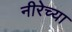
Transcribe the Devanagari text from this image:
नीरेच्या